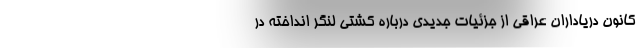
کانون دریاداران عراقی از جزئیات جدیدی درباره کشتی لنگر انداخته در